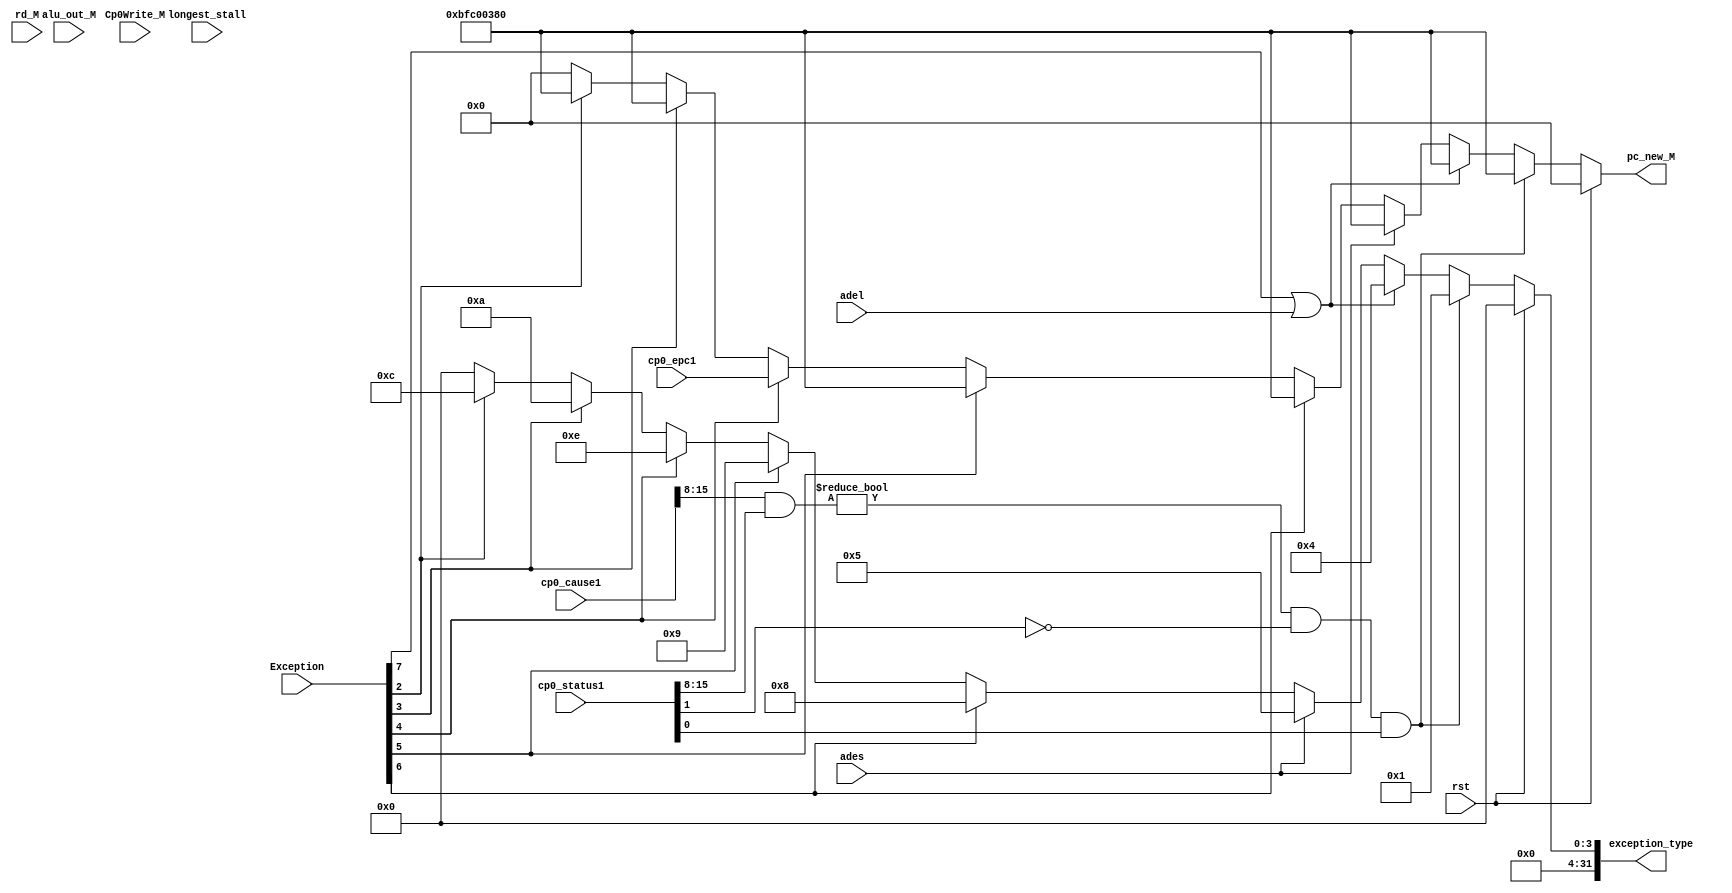
module exception(
// 	input wire rst, longest_stall,
//     // adel syscall break eret reverseInstr overflow  [1:0]
//     input wire [7:0] Exception,
//     input wire adel, ades,
//     input wire [31:0] cp0_status1, cp0_cause1, cp0_epc1,
//     input wire Cp0Write_M,
//     input wire [4:0] rd_M,
//     input wire [31:0] alu_out_M,
//     output wire [31:0] exception_type, pc_new_M
// );

//     wire [31:0] cp0_status, cp0_cause, cp0_epc;
//     assign cp0_status = (Cp0Write_M & (rd_M==5'b01100)) ? alu_out_M: cp0_status1;
//     assign cp0_cause = (Cp0Write_M & (rd_M==5'b01101)) ? alu_out_M: cp0_cause1;
//     assign cp0_epc = (Cp0Write_M & (rd_M==5'b01110)) ? alu_out_M: cp0_epc1;                         
    
//     assign exception_type = (rst)? 32'b0:
//                         (((cp0_cause[15:8]&cp0_status[15:8]) != 8'h00) && (cp0_status[1] == 1'b0) && (cp0_status[0] == 1'b1))? 32'h00000001: //int
//                         (Exception[7] == 1'b1 | adel)? 32'h00000004://adel
//                         (ades)? 32'h00000005://ades
//                         (Exception[6] == 1'b1)? 32'h00000008://syscall
//                         (Exception[5] == 1'b1)? 32'h00000009://break
//                         (Exception[4] == 1'b1)? 32'h0000000e://eret
//                         (Exception[3] == 1'b1)? 32'h0000000a://ri
//                         (Exception[2] == 1'b1)? 32'h0000000c://ov
//                         32'h0000_0000;

//     assign pc_new_M = (exception_type == 32'h00000001)? 32'hbfc0_0380:
//                     (exception_type == 32'h00000004)? 32'hbfc0_0380:
//                     (exception_type == 32'h00000005)? 32'hbfc0_0380:
//                     (exception_type == 32'h00000008)? 32'hbfc0_0380:
//                     (exception_type == 32'h00000009)? 32'hbfc0_0380:
//                     (exception_type == 32'h0000000a)? 32'hbfc0_0380:
//                     (exception_type == 32'h0000000c)? 32'hbfc0_0380:
//                     (exception_type == 32'h0000000e)? cp0_epc: 32'h0000_0000;


// endmodule
module exception(
	input wire rst, longest_stall,
    // adel syscall break eret reverseInstr overflow  [1:0]
    input wire [7:0] Exception,
    input wire adel, ades,
    input wire [31:0] cp0_status1, cp0_cause1, cp0_epc1,
    input wire Cp0Write_M,
    input wire [4:0] rd_M,
    input wire [31:0] alu_out_M,
    output reg [31:0] exception_type, pc_new_M
);

    reg [31:0] cp0_status, cp0_cause, cp0_epc;

    always @(*) begin
        if (longest_stall) begin
            cp0_epc <= cp0_epc1;
            cp0_status <= cp0_status1;
            cp0_cause <= cp0_cause1;
        end else begin
            // if (Cp0Write_M & (rd_M==5'b01100)) begin
            //     cp0_status <= alu_out_M;
            // end else begin
            //     cp0_status <= cp0_status1;
            // end
            // if (Cp0Write_M & (rd_M==5'b01110)) begin
            //     cp0_epc <= alu_out_M;
            // end else begin
            //     cp0_epc <= cp0_epc1;
            // end
            // if (Cp0Write_M & (rd_M==5'b01101)) begin
            //     cp0_cause <= alu_out_M;
            // end else begin
            //     cp0_cause <= cp0_cause1;
            // end
            cp0_epc <= cp0_epc1;
            cp0_status <= cp0_status1;
            cp0_cause <= cp0_cause1;
        end
    end
    
    always @(*) begin
        if (rst) begin exception_type <= 32'b0;pc_new_M <= 32'h0000_0000; end
        // else if (longest_stall) begin exception_type <= 32'h0000_0000;pc_new_M <= 32'hbfc0_0380; end
        else if (((cp0_cause[15:8]&cp0_status[15:8]) != 8'h00) && (cp0_status[1] == 1'b0) && (cp0_status[0] == 1'b1)) begin exception_type <= 32'h00000001;pc_new_M <= 32'hbfc0_0380;end
        else if (Exception[7] == 1'b1 | adel) begin exception_type <= 32'h00000004;pc_new_M <= 32'hbfc0_0380;end
        else if (ades) begin exception_type <= 32'h00000005;pc_new_M <= 32'hbfc0_0380;end//ades
        else if (Exception[6] == 1'b1) begin exception_type <= 32'h00000008;pc_new_M <= 32'hbfc0_0380;end//syscall
        else if (Exception[5] == 1'b1) begin exception_type <= 32'h00000009;pc_new_M <= 32'hbfc0_0380;end//break
        else if (Exception[4] == 1'b1) begin exception_type <= 32'h0000000e;pc_new_M <= cp0_epc; end//eret
        else if (Exception[3] == 1'b1) begin exception_type <= 32'h0000000a;pc_new_M <= 32'hbfc0_0380;end//ri
        else if (Exception[2] == 1'b1) begin exception_type <= 32'h0000000c;pc_new_M <= 32'hbfc0_0380;end//ov
        else begin exception_type <= 32'h0000_0000; pc_new_M <= 32'h0000_0000; end
    end

endmodule